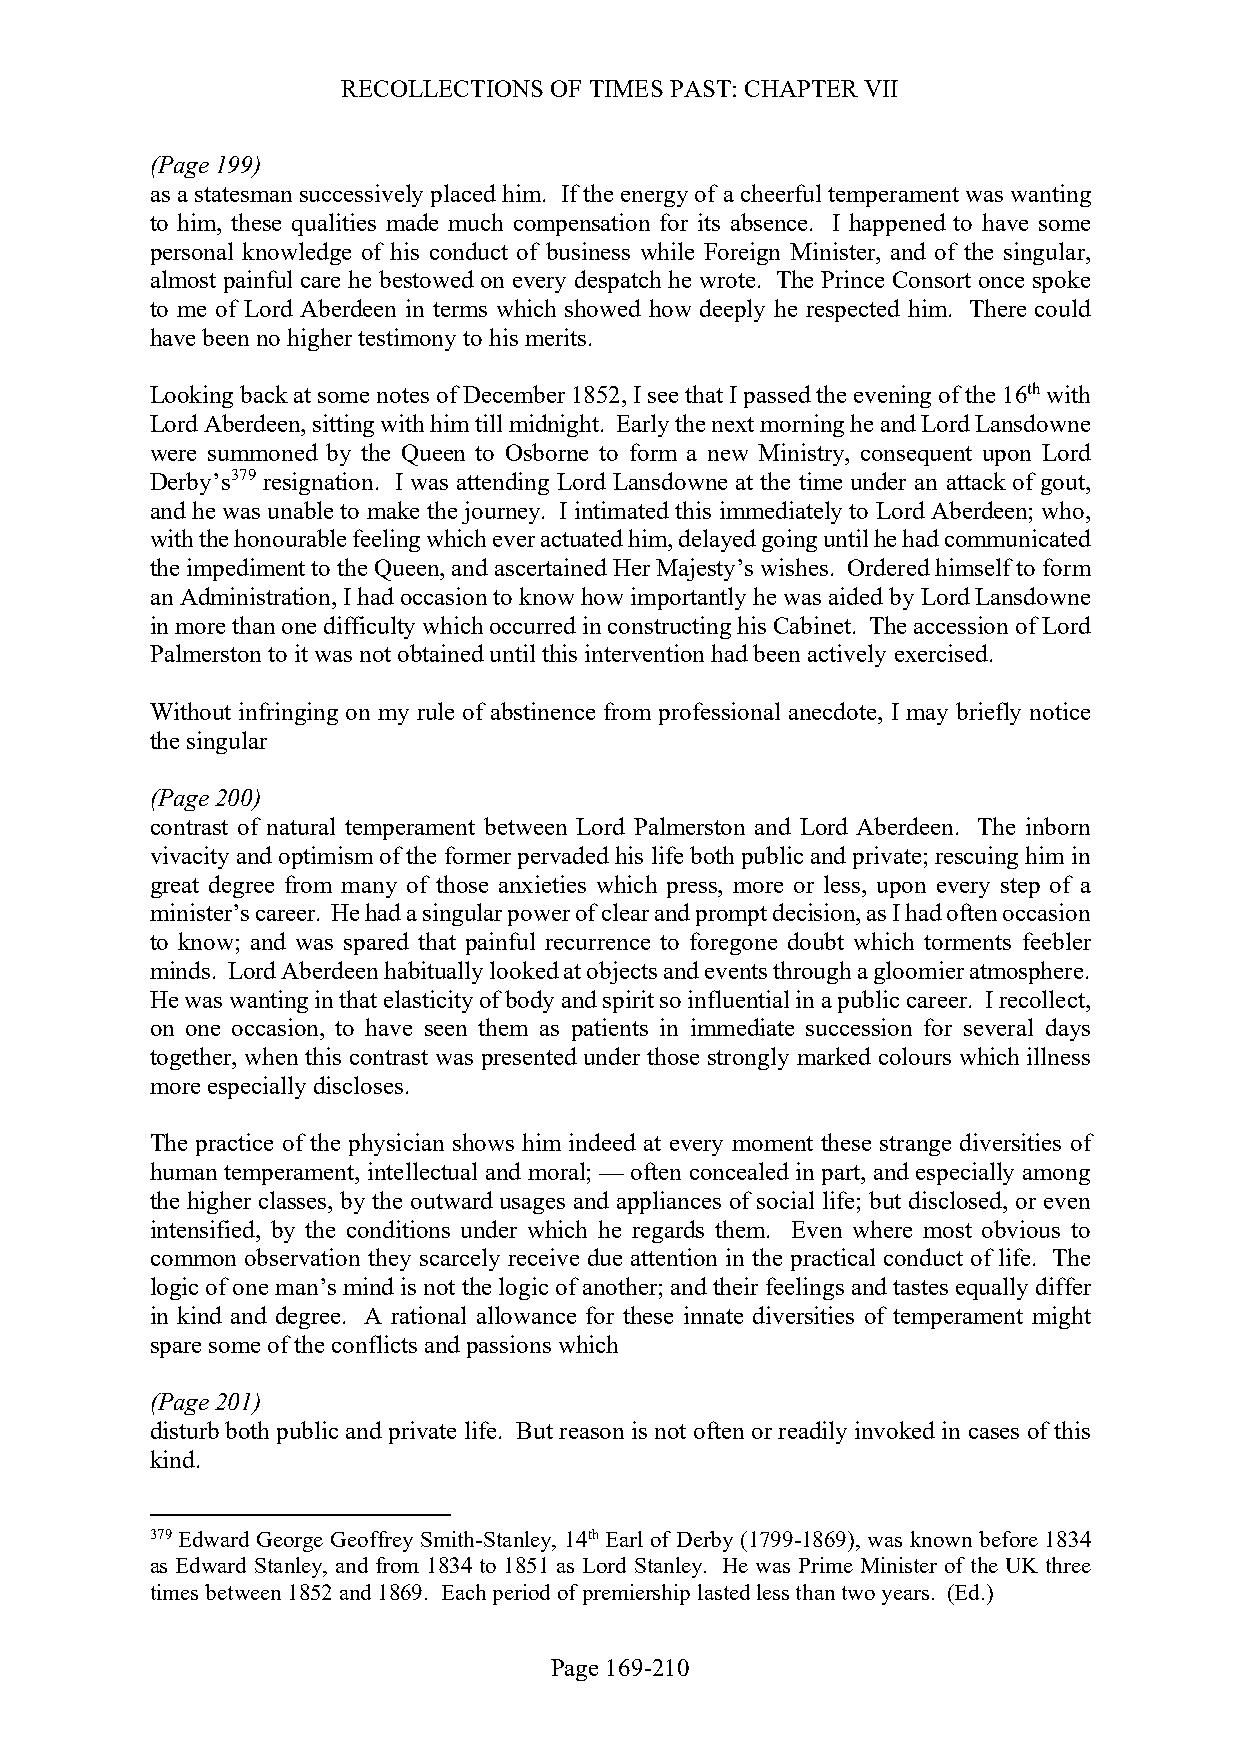
RECOLLECTIONS OF TIMES PAST: CHAPTER VII
 (Page 199)
 as a statesman successively placed him. If the energy of a cheerful temperament was wanting
 to him, these qualities made much compensation for its absence. I happened to have some
 personal knowledge of his conduct of business while Foreign Minister, and of the singular,
 almost painful care he bestowed on every despatch he wrote. The Prince Consort once spoke
 to me of Lord Aberdeen in terms which showed how deeply he respected him. There could
 have been no higher testimony to his merits.
 Looking back at some notes of December 1852, I see that I passed the evening of the 16th with
 Lord Aberdeen, sitting with him till midnight. Early the next morning he and Lord Lansdowne
 were summoned by the Queen to Osborne to form a new Ministry, consequent upon Lord
 Derby’s379 resignation. I was attending Lord Lansdowne at the time under an attack of gout,
 and he was unable to make the journey. I intimated this immediately to Lord Aberdeen; who,
 with the honourable feeling which ever actuated him, delayed going until he had communicated
 the impediment to the Queen, and ascertained Her Majesty’s wishes. Ordered himself to form
 an Administration, I had occasion to know how importantly he was aided by Lord Lansdowne
 in more than one difficulty which occurred in constructing his Cabinet. The accession of Lord
 Palmerston to it was not obtained until this intervention had been actively exercised.
 Without infringing on my rule of abstinence from professional anecdote, I may briefly notice
 the singular
 (Page 200)
 contrast of natural temperament between Lord Palmerston and Lord Aberdeen. The inborn
 vivacity and optimism of the former pervaded his life both public and private; rescuing him in
 great degree from many of those anxieties which press, more or less, upon every step of a
 minister’s career. He had a singular power of clear and prompt decision, as I had often occasion
 to know; and was spared that painful recurrence to foregone doubt which torments feebler
 minds. Lord Aberdeen habitually looked at objects and events through a gloomier atmosphere.
 He was wanting in that elasticity of body and spirit so influential in a public career. I recollect,
 on one occasion, to have seen them as patients in immediate succession for several days
 together, when this contrast was presented under those strongly marked colours which illness
 more especially discloses.
 The practice of the physician shows him indeed at every moment these strange diversities of
 human temperament, intellectual and moral; — often concealed in part, and especially among
 the higher classes, by the outward usages and appliances of social life; but disclosed, or even
 intensified, by the conditions under which he regards them. Even where most obvious to
 common observation they scarcely receive due attention in the practical conduct of life. The
 logic of one man’s mind is not the logic of another; and their feelings and tastes equally differ
 in kind and degree. A rational allowance for these innate diversities of temperament might
 spare some of the conflicts and passions which
 (Page 201)
 disturb both public and private life. But reason is not often or readily invoked in cases of this
 kind.
 379 Edward George Geoffrey Smith-Stanley, 14th Earl of Derby (1799-1869), was known before 1834
 as Edward Stanley, and from 1834 to 1851 as Lord Stanley. He was Prime Minister of the UK three
 times between 1852 and 1869. Each period of premiership lasted less than two years. (Ed.)
 Page 169-210